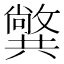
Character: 𠔷